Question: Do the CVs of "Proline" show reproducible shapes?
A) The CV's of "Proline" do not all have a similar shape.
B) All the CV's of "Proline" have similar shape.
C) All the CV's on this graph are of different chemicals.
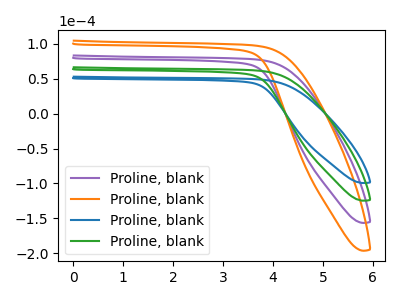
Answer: <think>The purple curve "Proline, blank1" has no peaks. The orange curve "Proline, blank2" has no peaks. The blue curve "Proline, blank3" has no peaks. The green curve "Proline, blank4" has no peaks.
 Neither "Proline, blank1" or "Proline, blank2" have any peaks. Neither "Proline, blank1" or "Proline, blank3" have any peaks. Neither "Proline, blank1" or "Proline, blank4" have any peaks. Neither "Proline, blank2" or "Proline, blank3" have any peaks. Neither "Proline, blank2" or "Proline, blank4" have any peaks. Neither "Proline, blank3" or "Proline, blank4" have any peaks.</think>
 <answer>B) All the CV's of "Proline" have similar shape.</answer>
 <eval>B</eval>